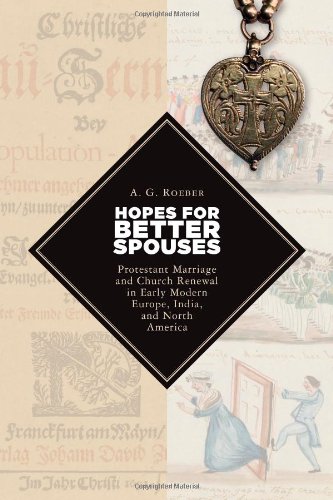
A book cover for Hopes for Better Spouses: Protestant Marriage and Church Renewal in Early Modern Europe, India, and North America (Emory University Studies in Law and Religion); A. G. Roeber; Law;